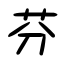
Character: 芬